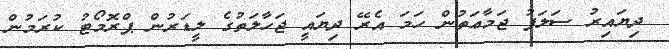
ދިޔައިރު ސަލަފު ޖަމާޢަތުން ހަމަ އެރޭ ދިޔައީ ޖަހާލަތުގެ ލީޑަރުން ޕްރޮމޯޓު ކުރަމުން